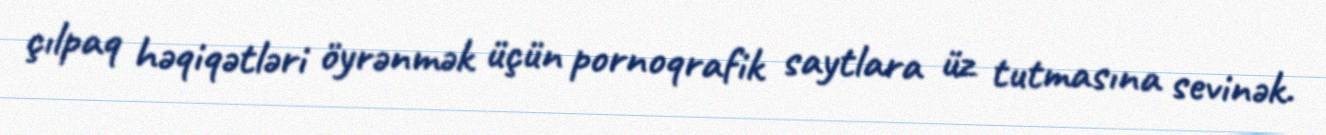
çılpaq həqiqətləri öyrənmək üçün pornoqrafik saytlara üz tutmasına sevinək.